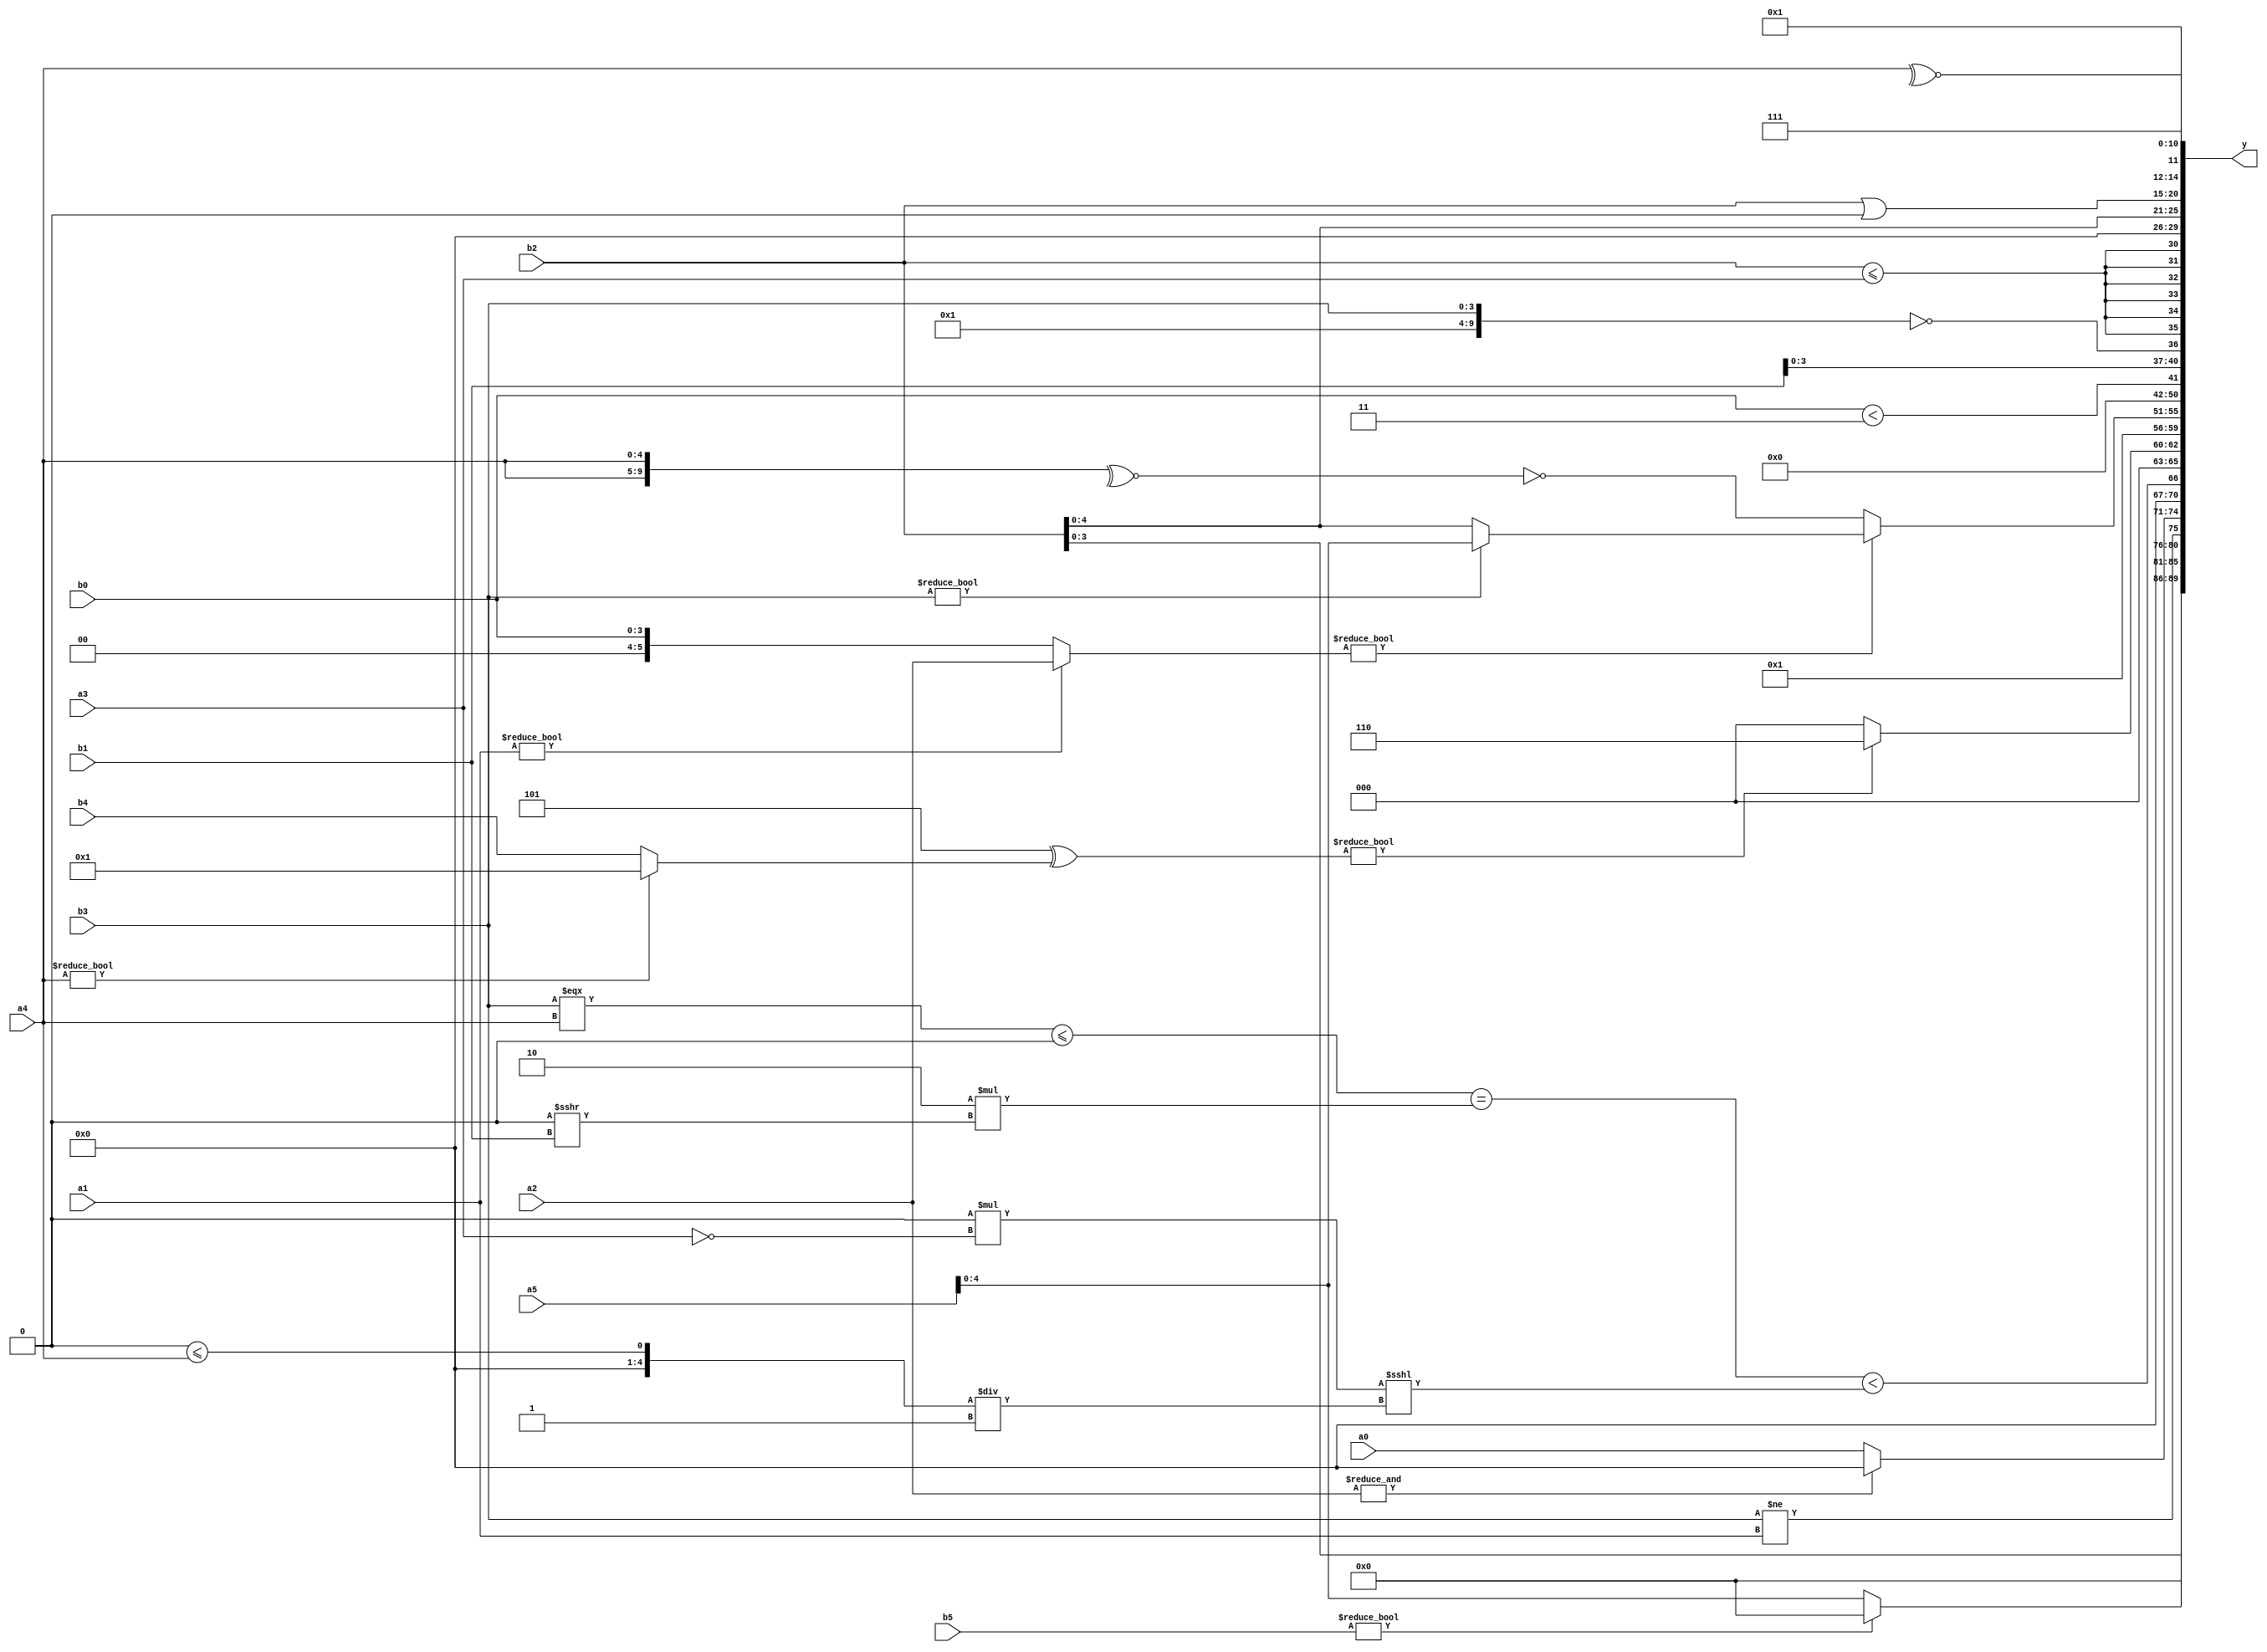
module expression_00708(a0, a1, a2, a3, a4, a5, b0, b1, b2, b3, b4, b5, y);
  input [3:0] a0;
  input [4:0] a1;
  input [5:0] a2;
  input signed [3:0] a3;
  input signed [4:0] a4;
  input signed [5:0] a5;

  input [3:0] b0;
  input [4:0] b1;
  input [5:0] b2;
  input signed [3:0] b3;
  input signed [4:0] b4;
  input signed [5:0] b5;

  wire [3:0] y0;
  wire [4:0] y1;
  wire [5:0] y2;
  wire signed [3:0] y3;
  wire signed [4:0] y4;
  wire signed [5:0] y5;
  wire [3:0] y6;
  wire [4:0] y7;
  wire [5:0] y8;
  wire signed [3:0] y9;
  wire signed [4:0] y10;
  wire signed [5:0] y11;
  wire [3:0] y12;
  wire [4:0] y13;
  wire [5:0] y14;
  wire signed [3:0] y15;
  wire signed [4:0] y16;
  wire signed [5:0] y17;

  output [89:0] y;
  assign y = {y0,y1,y2,y3,y4,y5,y6,y7,y8,y9,y10,y11,y12,y13,y14,y15,y16,y17};

  localparam [3:0] p0 = (&(3'd0));
  localparam [4:0] p1 = (~^((3'd5)?(3'sd0):(4'sd0)));
  localparam [5:0] p2 = (~|{(-3'sd1)});
  localparam signed [3:0] p3 = (~^(|{2{(-5'sd8)}}));
  localparam signed [4:0] p4 = {2{{((-2'sd1)===(3'd0)),{(2'd1),(2'd0)},(6'd2 * (4'd14))}}};
  localparam signed [5:0] p5 = (3'd3);
  localparam [3:0] p6 = ({{1{(+(3'd0))}},{3{(2'sd0)}}}||({4{(-4'sd7)}}&(|((3'd1)>>(5'd19)))));
  localparam [4:0] p7 = (((4'sd5)?(5'd31):(5'd16))?{1{{2{(2'd2)}}}}:{3{(4'd14)}});
  localparam [5:0] p8 = (^(~|((|(2'sd1))?{(2'd2)}:(!(5'd15)))));
  localparam signed [3:0] p9 = ((2'sd0)*((4'sd2)!==(3'sd1)));
  localparam signed [4:0] p10 = ((|{4{(2'sd0)}})+(~&(3'd3)));
  localparam signed [5:0] p11 = ((5'd30)||(4'sd6));
  localparam [3:0] p12 = (4'd10);
  localparam [4:0] p13 = {{(((-2'sd0)&(5'd6))||((3'd2)<<<(-2'sd1)))},({(3'sd1),(3'sd0)}?((3'sd1)^(4'sd2)):(&(3'sd1)))};
  localparam [5:0] p14 = {(((!(-2'sd0))==((2'd2)?(5'd18):(4'sd7)))<<{3{((2'sd0)+(3'd5))}})};
  localparam signed [3:0] p15 = (&({(^(4'sd7))}?((2'd1)?(4'd13):(2'd0)):(~^(!(4'd5)))));
  localparam signed [4:0] p16 = ((5'd2 * {(3'd0),(2'd3),(3'd6)})||({(3'd0),(5'd29),(4'd4)}?((-2'sd0)==(-5'sd8)):(+(5'd14))));
  localparam signed [5:0] p17 = (~&((!{1{(!(5'sd14))}})==(~|(+((3'd4)<<(-5'sd13))))));

  assign y0 = {((^{b3,b1,b4})?{a5,a2,b2}:{(+b2)})};
  assign y1 = (b5?p14:a5);
  assign y2 = (b3!=a1);
  assign y3 = ((~&(p13?a2:p5))?$unsigned($unsigned(a0)):(-(p10?p3:a1)));
  assign y4 = ((((b3===a4)<=(p8>>>p3))==(5'd2 * (p0>>>b1)))<(((p14>p15)*(a3==p3))<<<((p6<=a4)/p16)));
  assign y5 = (((4'sd5)^(a4?p1:b4))?(3'd6):(3'sd0));
  assign y6 = (~^$signed((4'sd5)));
  assign y7 = ((a1?a2:b0)?{1{(b3?a5:b2)}}:(~(~^{2{a4}})));
  assign y8 = (((p9?p2:b2)<(p16?p4:p13))>>>((p8&p9)?(p3%p14):(p3==p14)));
  assign y9 = (+(^(|(~|(~^(b0<p5))))));
  assign y10 = {{{3{{4{p15}}}},{1{{4{b1}}}},{1{(&(!{p11,b3}))}}}};
  assign y11 = $signed({4{({1{b2}}<=(a3))}});
  assign y12 = {2{$signed(((+{1{(+$signed((&p13)))}})))}};
  assign y13 = (p5?b2:a1);
  assign y14 = $signed(({p15,b2}|{$unsigned(p2)}));
  assign y15 = {(|{4{p12}}),{(p6&&p0),{p5,p0,p1}},{{(p0||p13),(|p13),(~^a4)}}};
  assign y16 = (!($unsigned((p3+p4))&&(p15<=p1)));
  assign y17 = (p10?p16:p4);
endmodule